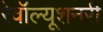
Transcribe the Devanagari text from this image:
रेवॉल्यूशनरी